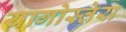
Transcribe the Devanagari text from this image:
यागोस्तेरा